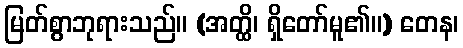
မြတ်စွာဘုရားသည်။ (အတ္ထိ၊ ရှိတော်မူ၏။) တေန၊